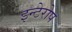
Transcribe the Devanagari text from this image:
इन्टेरोप